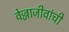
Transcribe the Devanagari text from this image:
वेज्जाजीवांची